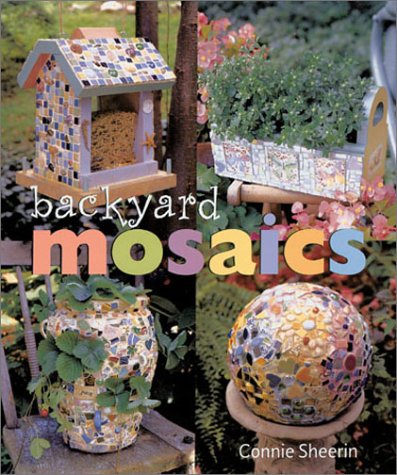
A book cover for Backyard Mosaics; Connie Sheerin; Crafts, Hobbies & Home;